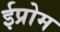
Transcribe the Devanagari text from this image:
ईप्रोम